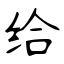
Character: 给